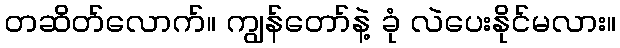
တဆိတ်လောက်။ ကျွန်တော်နဲ့ ခုံ လဲပေးနိုင်မလား။